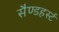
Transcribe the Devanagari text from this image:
सैण्डहर्स्ट